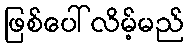
ဖြစ်ပေါ်လိမ့်မည်